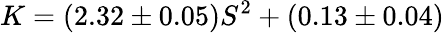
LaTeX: K=(2.32\pm 0.05)S^{2}+(0.13\pm 0.04)